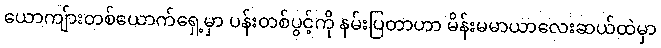
ယောကျ်ားတစ်ယောက်ရှေ့မှာ ပန်းတစ်ပွင့်ကို နမ်းပြတာဟာ မိန်းမမာယာလေးဆယ်ထဲမှာ